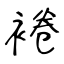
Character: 裷